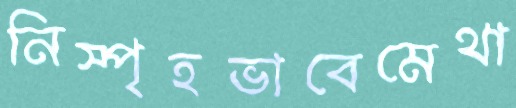
নিস্পৃহভাবেমেথা